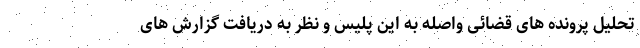
تحلیل پرونده های قضائی واصله به این پلیس و نظر به دریافت گزارش های